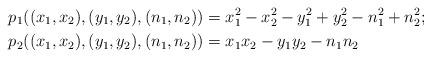
LaTeX: \begin{align*} & p_{1}((x_{1},x_{2}),(y_{1},y_{2}),(n_{1},n_{2}))=x_{1}^{2}-x_{2}^{2}-y_{1}^{2}+y_{2}^{2}-n_{1}^{2}+n_{2}^{2}; \\& p_{2}((x_{1},x_{2}),(y_{1},y_{2}),(n_{1},n_{2}))=x_{1}x_{2}-y_{1}y_{2}-n_{1}n_{2} \end{align*}